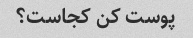
پوست کن کجاست؟